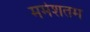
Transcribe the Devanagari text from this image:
मर्मशतम